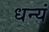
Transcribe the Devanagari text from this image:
धन्यं